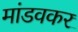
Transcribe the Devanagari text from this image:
मांडवकर